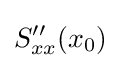
S_{xx}''(x_{0})